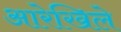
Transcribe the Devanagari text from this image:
आरेखिले